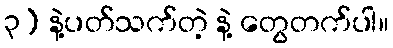
၃) နဲ့ပတ်သက်တဲ့ နဲ့ တွေတက်ပါ။